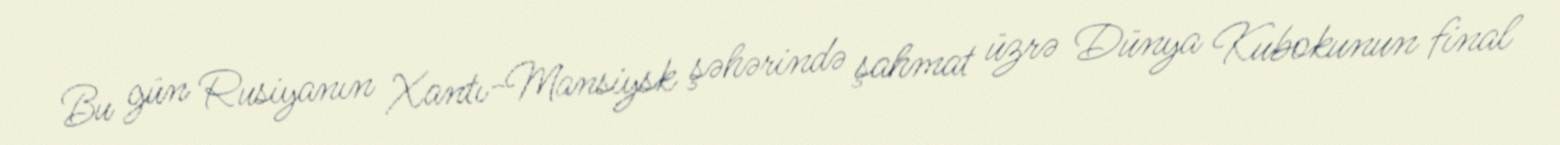
Bu gün Rusiyanın Xantı-Mansiysk şəhərində şahmat üzrə Dünya Kubokunun final